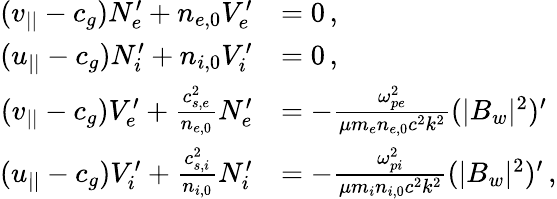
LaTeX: \begin{array}{rl}{(v_{||}-c_{g})N_{e}^{\prime}+n_{e,0}V_{e}^{\prime}}&{=0\, ,}\\ {(u_{||}-c_{g})N_{i}^{\prime}+n_{i,0}V_{i}^{\prime}}&{=0\, ,}\\ {(v_{||}-c_{g})V_{e}^{\prime}+\frac{c_{s,e}^{2}}{n_{e,0}}N_{e}^{\prime}}&{=-\frac{\omega_{pe}^{2}}{\mu m_{e}n_{e,0}c^{2}k^{2}}(|B_{w}|^{2})^{\prime}}\\ {(u_{||}-c_{g})V_{i}^{\prime}+\frac{c_{s,i}^{2}}{n_{i,0}}N_{i}^{\prime}}&{=-\frac{\omega_{pi}^{2}}{\mu m_{i}n_{i,0}c^{2}k^{2}}(|B_{w}|^{2})^{\prime}\, ,}\end{array}